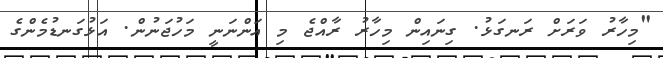
"މިހާރު ވަރަށް ރަނގަޅު. ގިނައިން މިހާރު ރާއްޖެ މި އަންނަނީ މަހުޖަނުން. އަޅުގަނޑުމެންގެ